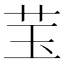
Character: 𱽑